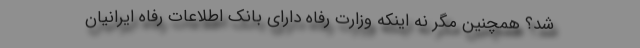
شد؟ همچنین مگر نه اینکه وزارت رفاه دارای بانک اطلاعات رفاه ایرانیان